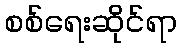
စစ်ရေးဆိုင်ရာ